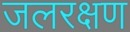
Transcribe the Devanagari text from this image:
जलरक्षण